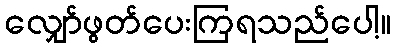
လျှော်ဖွတ်ပေးကြရသည်ပေါ့။